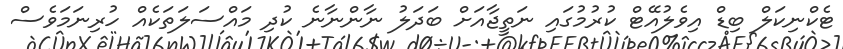
ޓެކްނިކަލް ބިޑް އިވެލުއޭޓް ކުރުމުގައި ނަތީޖާއަށް ބަދަލު ނާންނާނެ ކުދި މައްސަލަތަކެއް ހުރިނަމަވެސް